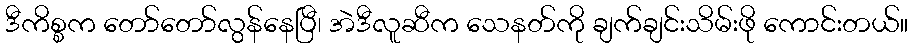
ဒီကိစ္စက တော်တော်လွန်နေပြီ၊ အဲဒီလူဆီက သေနတ်ကို ချက်ချင်းသိမ်းဖို ကောင်းတယ်။